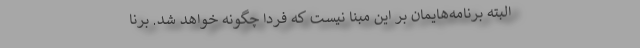
البته برنامه‌هایمان بر این مبنا نیست که فردا چگونه خواهد شد. برنا